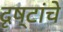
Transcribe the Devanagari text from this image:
दृष्टांचे